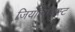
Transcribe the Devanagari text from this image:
जियॉलजिस्ट